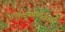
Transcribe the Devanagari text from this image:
शिवणकलेसाठी